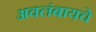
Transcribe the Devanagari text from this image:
अवलंबायचे